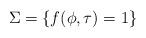
LaTeX: \begin{align*} \Sigma = \{ f(\phi,\tau) = 1 \}\end{align*}